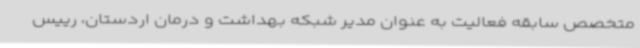
متخصص سابقه فعالیت به عنوان مدیر شبکه بهداشت و درمان اردستان، رییس